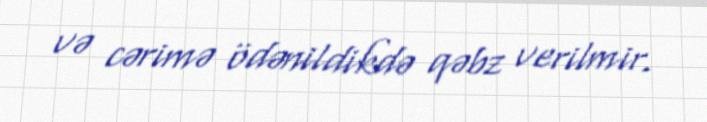
və cərimə ödənildikdə qəbz verilmir.